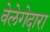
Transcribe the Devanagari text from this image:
वेलेगेदारा